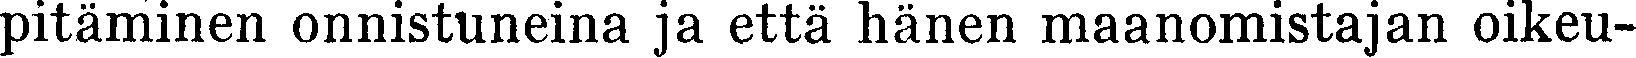
pitäminen onnistuneina ja että hänen maanomistajan oikeu-